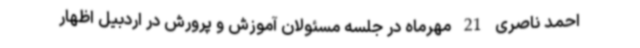
احمد ناصری 21 مهرماه در جلسه مسئولان آموزش و پرورش در اردبیل اظهار